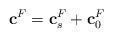
LaTeX: \begin{align*}\mathbf{c}^F=\mathbf{c}^F_s+\mathbf{c}^F_0 \end{align*}